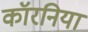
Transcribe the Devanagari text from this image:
कॉरनिया